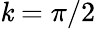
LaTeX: \mathit{k}=\pi/2